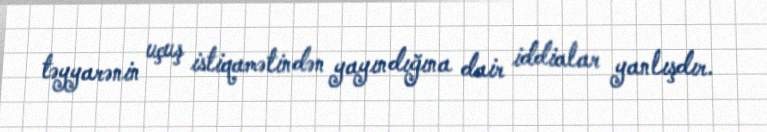
təyyarənin uçuş istiqamətindən yayındığına dair iddialar yanlışdır.